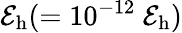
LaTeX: \mathcal{E}_{\mathrm{{h}}}{}(=10^{-12}\ \mathcal{E}_{\mathrm{{h}}}{})